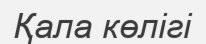
Қала көлігі